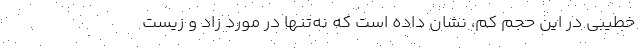
خطیبی در این حجم کم، نشان داده است که نه‌تنها در مورد زاد و زیست